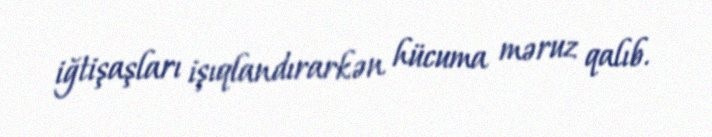
iğtişaşları işıqlandırarkən hücuma məruz qalıb.